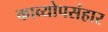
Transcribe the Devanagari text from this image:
काव्योपसंहार